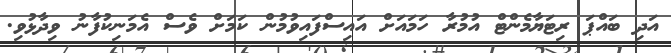
އަދި ބައްޕަ ރިޓަޔާމެންޓް އުމުރާ ހަމައަށް އައިސްފައިވުމުން ކަމަށް ވެސް އެމަނިކުފާނު ވިދާޅުވި.